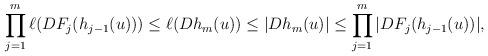
LaTeX: \begin{align*}\prod_{j=1}^m \ell(DF_j(h_{j-1}(u)))\leq \ell(Dh_m(u))\leq |Dh_m(u)|\leq \prod_{j=1}^m |DF_j(h_{j-1}(u))| ,\end{align*}